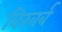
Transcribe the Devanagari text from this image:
विखर्ब